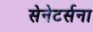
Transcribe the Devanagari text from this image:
सेनेटर्सना